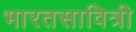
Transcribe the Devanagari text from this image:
भारतसावित्री